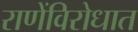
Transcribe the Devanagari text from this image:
राणेंविरोधात